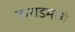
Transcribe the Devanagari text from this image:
कराडमध्ये